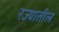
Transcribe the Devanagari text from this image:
रज्यातील